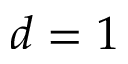
d = 1